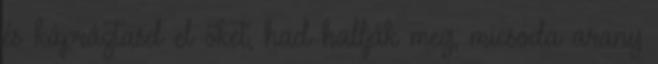
és kápráztasd el őket, had hallják meg, micsoda arany